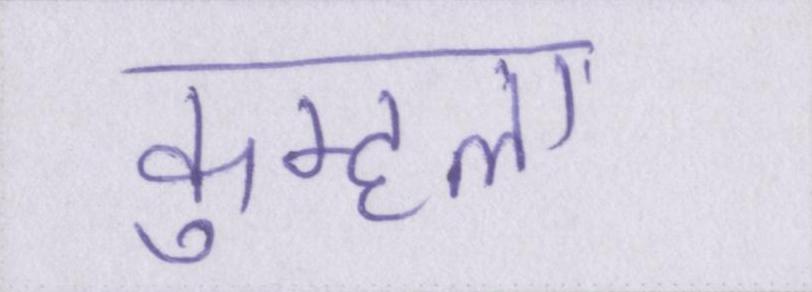
कुम्हला